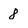
Character: 8